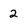
Character: 2